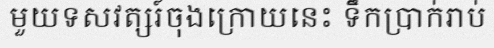
មួយទសវត្សរ៍ចុងក្រោយនេះ ទឹកប្រាក់រាប់